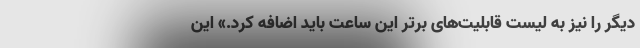
دیگر را نیز به لیست قابلیت‌های برتر این ساعت باید اضافه کرد.» این